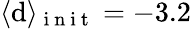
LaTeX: \langle\mathrm{d}\rangle_{\mathrm{{~i~n~i~t~}}}=-3.2